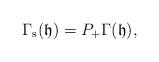
LaTeX: \begin{align*}\Gamma_\mathrm{s}(\mathfrak{h}) = P_{+} \Gamma(\mathfrak{h}),\end{align*}